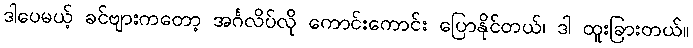
ဒါပေမယ့် ခင်ဗျားကတော့ အင်္ဂလိပ်လို ကောင်းကောင်း ပြောနိုင်တယ်၊ ဒါ ထူးခြားတယ်။